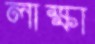
লাক্ষা